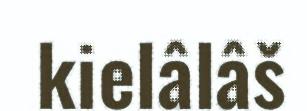
kielâlâš